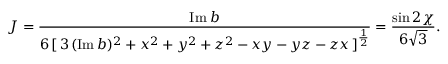
J = \frac { \mathrm { I m } \: b } { 6 \, [ \, 3 \, ( \mathrm { I m } \, b ) ^ { 2 } + x ^ { 2 } + y ^ { 2 } + z ^ { 2 } - x y - y z - z x \, ] ^ { \frac { 1 } { 2 } } } = \frac { \sin 2 \chi } { 6 \sqrt { 3 } } .